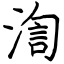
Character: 渹